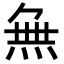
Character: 𭴾